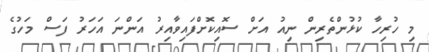
މި ހުރިހާ ކުޅުންތެރިން ނިއު އަށް ސޮއިކޮށްފައިވާއިރު އަންނަ އަހަރު ފަސް މަހުގެ